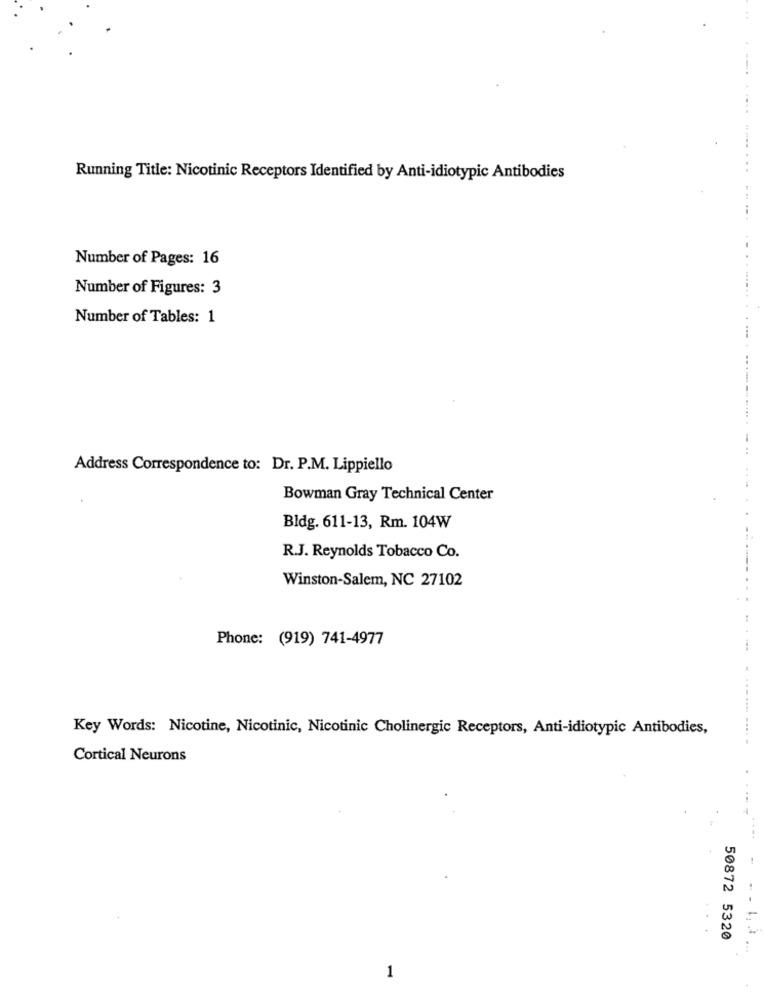
Running Title: Nicotinic Receptors Identified by Anti-idiotypic Antibodies
.....
Number of Pages: 16
Number of Figures: 3
Number of Tables: 1
Address Correspondence to: Dr. P.M. Lippiello
Bowman Gray Technical Center
Bldg. 611-13, Rm. 104W
R.J. Reynolds Tobacco Co.
Winston-Salem, NC 27102
Phone: (919) 741-4977
Key Words: Nicotine, Nicotinic, Nicotinic Cholinergic Receptors, Anti-idiotypic Antibodies,
...---- ---- -
Cortical Neurons
50872 5320
. . .. . ...
1